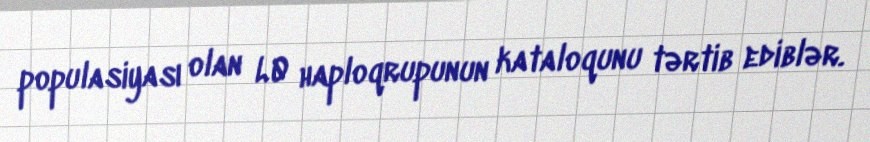
populasiyası olan L0 haploqrupunun kataloqunu tərtib ediblər.